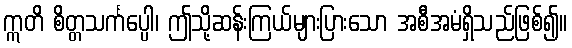
ဣတိ စိတ္တသင်္ကပ္ပေါ၊ ဤသို့ဆန်းကြယ်များပြားသော အစီအမံရှိသည်ဖြစ်၍။